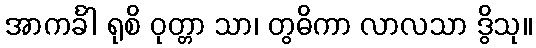
အာကင်္ခါ ရုစိ ဝုတ္တာ သာ၊ တွဓိကာ လာလသာ ဒွိသု။